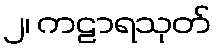
၂၊ ကဠာရသုတ်